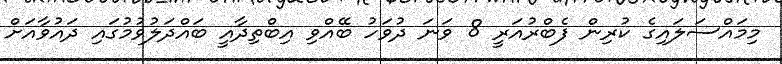
މިމައްސަލައިގެ ކުރިން ފެބްރުއަރީ 8 ވަނަ ދުވަހު ބޭއްވި އިބްތިދާއީ ބައްދަލުވުމުގައި ދައުވާއަށް